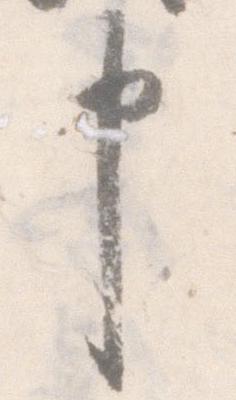
申